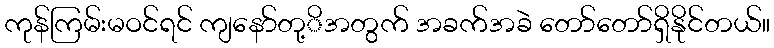
ကုန်ကြမ်းမဝင်ရင် ကျနော်တု့ိအတွက် အခက်အခဲ တော်တော်ရှိနိုင်တယ်။